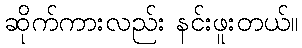
ဆိုက်ကားလည်း နင်းဖူးတယ်။